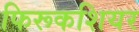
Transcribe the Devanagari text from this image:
फिरूकशियर